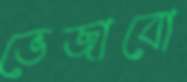
ভেজাবো